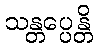
သန္တပ္ပေန္တိ